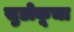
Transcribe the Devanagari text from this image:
सुडोकूचा